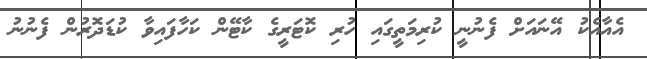
އެއާއެކު އޭނައަށް ފެނުނީ ކުރިމަތީގައި ހުރި ކޮޓަރީގެ ކާޓޭން ކަހާފައިވާ ކުޑަދޮރުން ފެނުނު